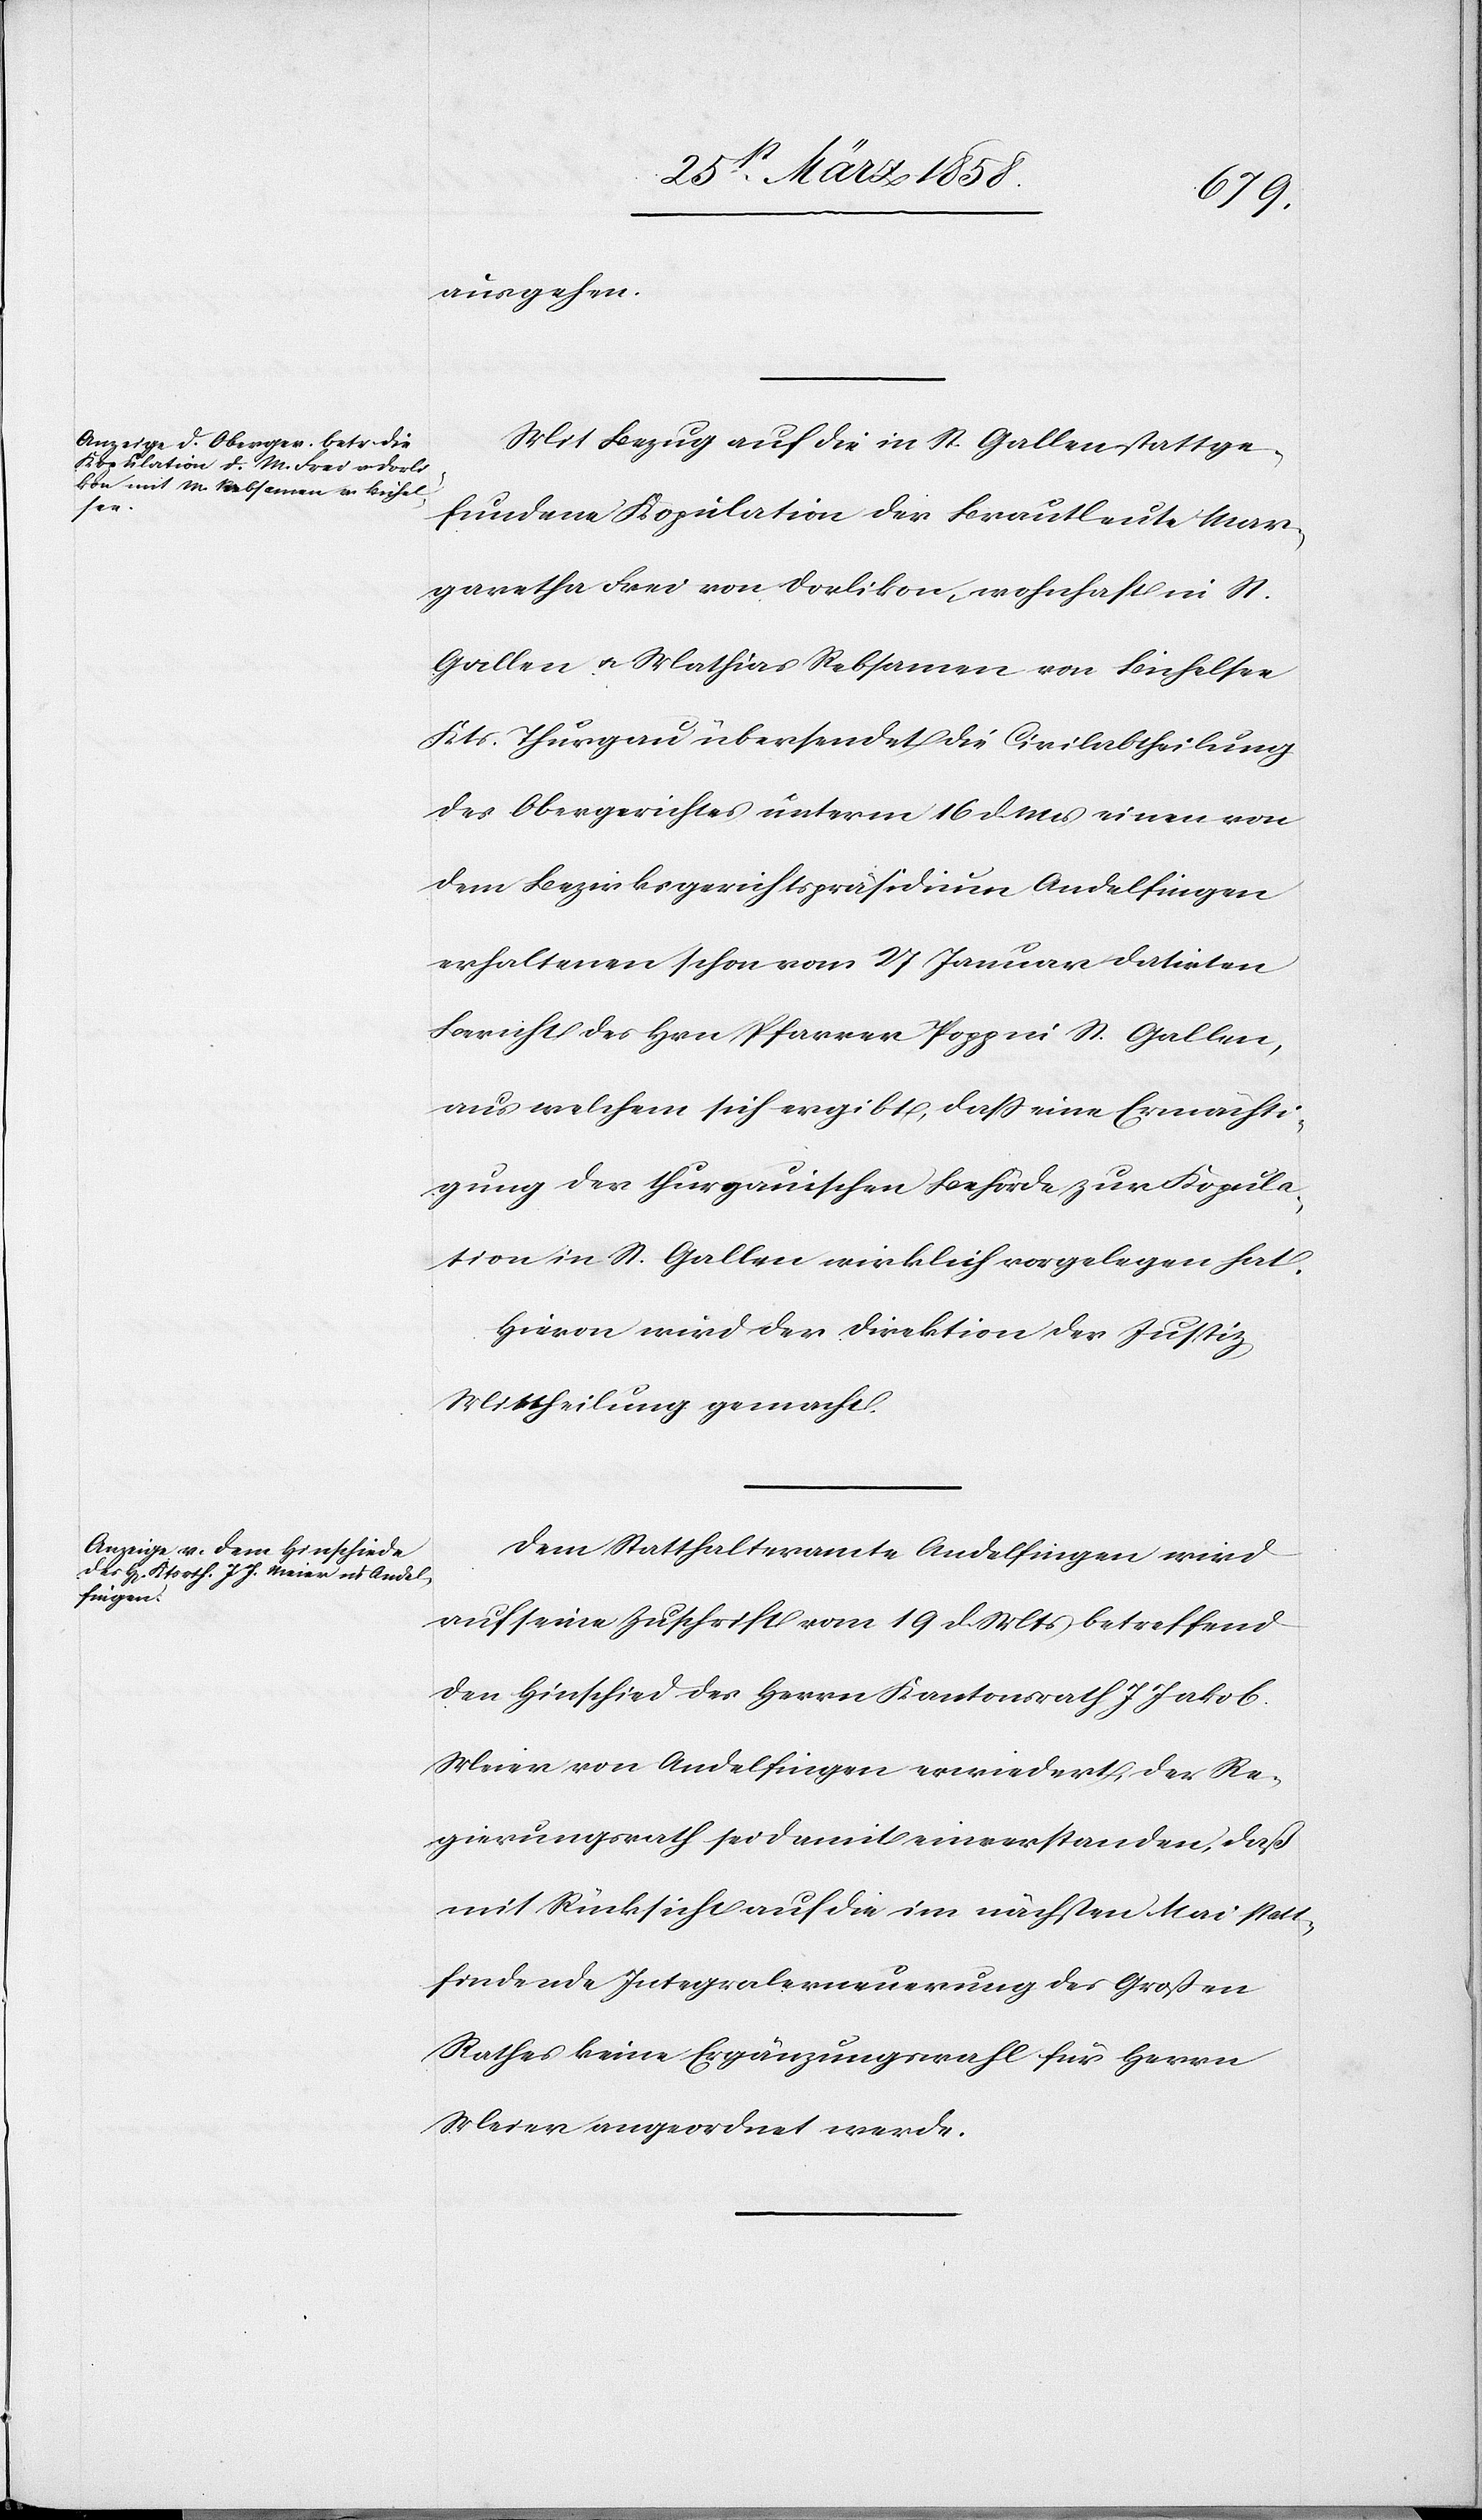
ausgehe.
Mit Bezug auf die in St. Gallen stattge¬
fundene Kopulation der Brautleute Mar¬
garetha Frei von Dorlikon, wohnhaft in St.
Gallen u. Mathias Rebsamen von Bichelsee
Kts. Thurgau übersendet die Civilabtheilung
des Obergerichtes unterm 16. d. Mts. einen von
dem Bezirksgerichtspräsidium Andelfingen
erhaltenen schon vom 27. Januar datirten
Bericht des Hrn. Pfarrer Popp in St. Gallen,
aus welchem sich ergibt, daß eine Ermächti¬
gung der thurgauischen Behörde zur Kopula¬
tion in St. Gallen wirklich vorgelegen hat.
Hievon wird der Direktion der Justiz
Mittheilung gemacht.
Dem Statthalteramte Andelfingen wird
auf seine Zuschrift vom 19. d. Mts. betreffend
den Hinschied des Herrn Kantonsrath J. Jakob
Meier von Andelfingen erwiedert, der Re¬
gierungsrath sei damit einverstanden, daß
mit Rücksicht auf die im nächsten Mai statt¬
findende Integralerneuerung des Großen
Rathes keine Ergänzungswahl für Herrn
Meier angeordnet werde.